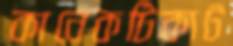
কানেকটিকাট